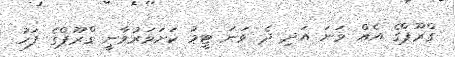
ގްރޫޕްގެ އެއް ވަނަ އަދި ދެ ވަނަ ޓީމު ކަށަވަރުވާނީ ގްރޫޕްގެ ފަހު